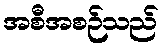
အစီအစဉ်သည်